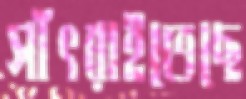
সাঁৎরাইতেছে